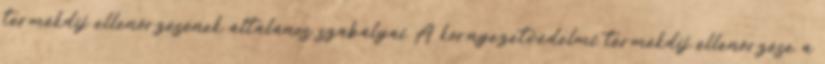
termékdíj ellenőrzésének általános szabályai A környezetvédelmi termékdíj ellenőrzése a